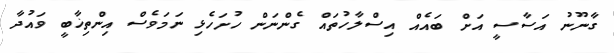
ގާނޫނު އަސާސީ އަށް ބައެއް އިސްލާހުތައް ގެންނަން ހުށަހެޅި ނަމަވެސް އިންތިޚާބީ ވައުދާ